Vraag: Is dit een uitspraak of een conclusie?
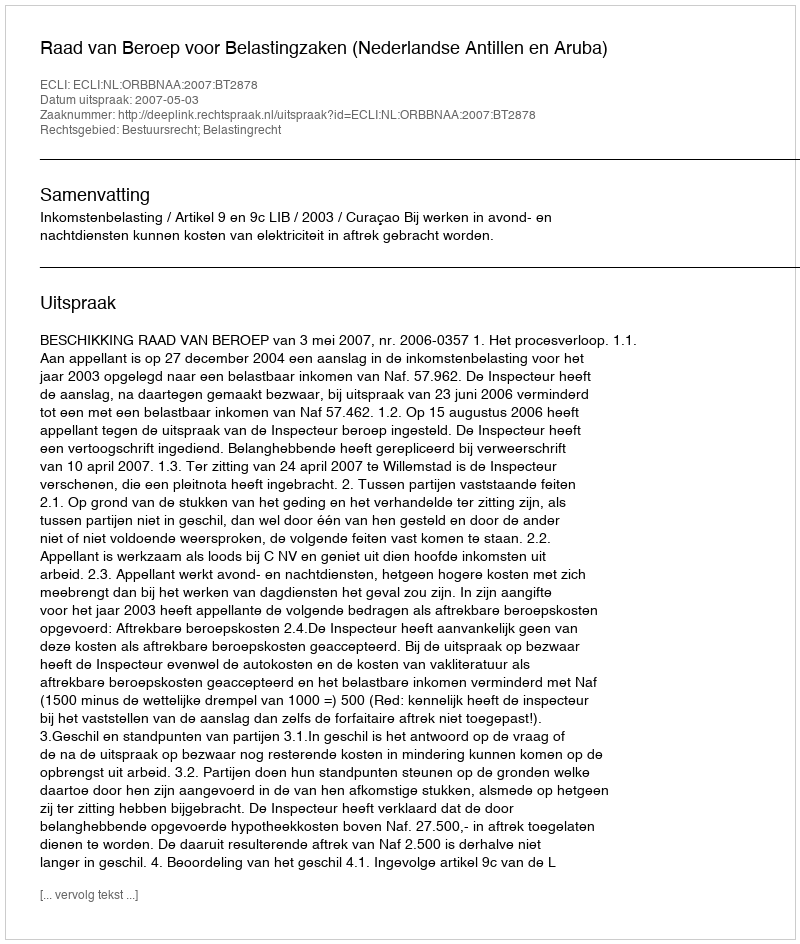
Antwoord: Uitspraak